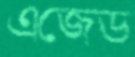
এজেড